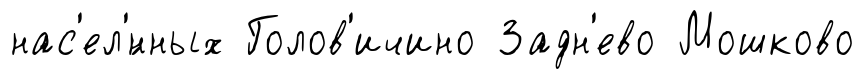
нас'ел'́нных Голов'ичино Задн'ево Мошково